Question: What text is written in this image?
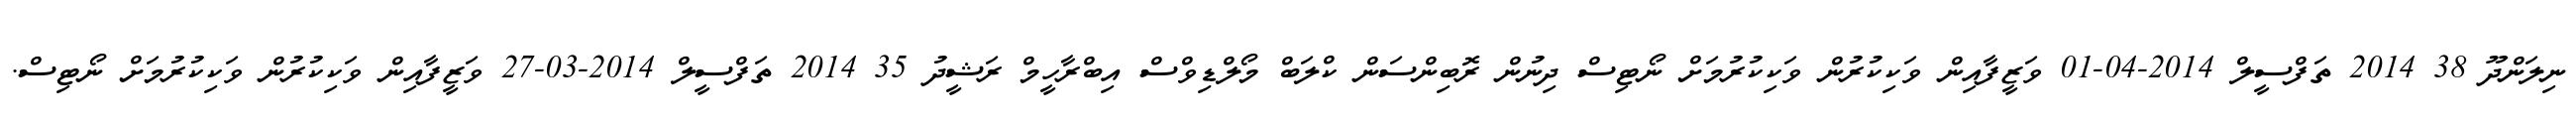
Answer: ނިލަންދޫ 38 2014 ތަފްސީލް 2014-04-01 ވަޒީފާއިން ވަކިކުރުން ވަކިކުރުމަށް ނޯޓިސް ދިނުން ރޮބިންސަން ކްލަބް މޯލްޑިވްސް އިބްރާހީމް ރަޝީދު 35 2014 ތަފްސީލް 2014-03-27 ވަޒީފާއިން ވަކިކުރުން ވަކިކުރުމަށް ނޯޓިސް.